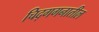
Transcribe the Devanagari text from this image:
चिद्‌गगनातील